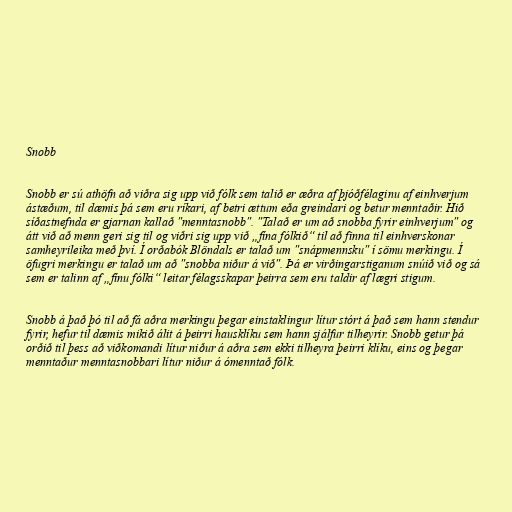
Snobb

Snobb er sú athöfn að viðra sig upp við fólk sem talið er æðra af þjóðfélaginu af einhverjum
ástæðum, til dæmis þá sem eru ríkari, af betri ættum eða greindari og betur menntaðir. Hið
síðastnefnda er gjarnan kallað "menntasnobb". "Talað er um að snobba fyrir einhverjum" og
átt við að menn geri sig til og viðri sig upp við „fína fólkið“ til að finna til einhverskonar
samheyrileika með því. Í orðabók Blöndals er talað um "snápmennsku" í sömu merkingu. Í
öfugri merkingu er talað um að "snobba niður á við". Þá er virðingarstiganum snúið við og sá
sem er talinn af „fínu fólki“ leitar félagsskapar þeirra sem eru taldir af lægri stigum.

Snobb á það þó til að fá aðra merkingu þegar einstaklingur lítur stórt á það sem hann stendur
fyrir, hefur til dæmis mikið álit á þeirri hausklíku sem hann sjálfur tilheyrir. Snobb getur þá
orðið til þess að viðkomandi lítur niður á aðra sem ekki tilheyra þeirri klíku, eins og þegar
menntaður menntasnobbari lítur niður á ómenntað fólk.